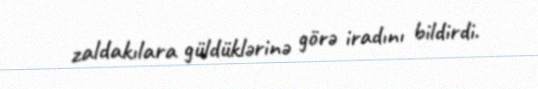
zaldakılara güldüklərinə görə iradını bildirdi.